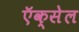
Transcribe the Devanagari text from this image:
ऍक्सेल